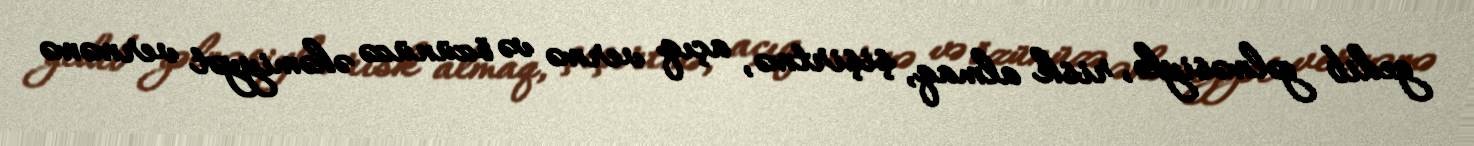
gedib gəlməsiylə, risk almaq, şişirtmə, açıq vermə və özünüzə əhəmiyyət verməmə